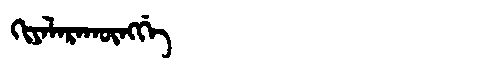
Manchu: ᡴᡳᠶᠠᠯᠠᡵᠠᡴᡡᠩᡤᡝ
Romanization: KIYALARAKŪNGGE